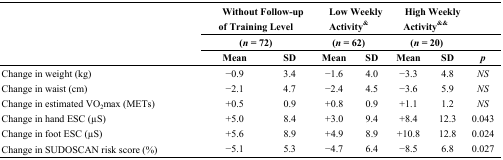
<table><thead><tr><td rowspan="3"></td><td colspan="2"><b>Without Follow-up of Training Level</b></td><td colspan="2"><b>Low Weekly Activity<sup>&amp;</sup></b></td><td colspan="2"><b>High Weekly Activity<sup>&amp;&amp;</sup></b></td><td></td></tr><tr><td colspan="2"><b>(<i>n</i> = 72)</b></td><td colspan="2"><b>(<i>n</i> = 62)</b></td><td colspan="2"><b>(<i>n</i> = 20)</b></td><td></td></tr><tr><td><b>Mean</b></td><td><b>SD</b></td><td><b>Mean</b></td><td><b>SD</b></td><td><b>Mean</b></td><td><b>SD</b></td><td><b><i>p</i></b></td></tr></thead><tbody><tr><td>Change in weight (kg)</td><td>−0.9</td><td>3.4</td><td>−1.6</td><td>4.0</td><td>−3.3</td><td>4.8</td><td><i>NS</i></td></tr><tr><td>Change in waist (cm)</td><td>−2.1</td><td>4.7</td><td>−2.4</td><td>4.5</td><td>−3.6</td><td>5.9</td><td><i>NS</i></td></tr><tr><td>Change in estimated VO<sub>2</sub>max (METs)</td><td>+0.5</td><td>0.9</td><td>+0.8</td><td>0.9</td><td>+1.1</td><td>1.2</td><td><i>NS</i></td></tr><tr><td>Change in hand ESC (μS)</td><td>+5.0</td><td>8.4</td><td>+3.0</td><td>9.4</td><td>+8.4</td><td>12.3</td><td>0.043</td></tr><tr><td>Change in foot ESC (μS)</td><td>+5.6</td><td>8.9</td><td>+4.9</td><td>8.9</td><td>+10.8</td><td>12.8</td><td>0.024</td></tr><tr><td>Change in SUDOSCAN risk score (%)</td><td>−5.1</td><td>5.3</td><td>−4.7</td><td>6.4</td><td>−8.5</td><td>6.8</td><td>0.027</td></tr></tbody></table>